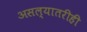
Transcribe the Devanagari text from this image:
असल्यातरीही